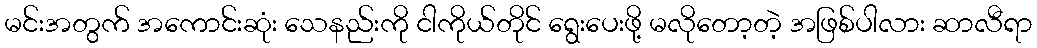
မင်းအတွက် အကောင်းဆုံး သေနည်းကို ငါကိုယ်တိုင် ရွေးပေးဖို့ မလိုတော့တဲ့ အဖြစ်ပါလား ဆာလီရာ